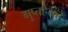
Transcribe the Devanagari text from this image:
गुप्तहेरांचे